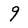
Character: 9